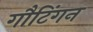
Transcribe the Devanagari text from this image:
गौटिंगन